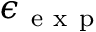
\epsilon _ { \mathrm { ~ e ~ x ~ p ~ } }